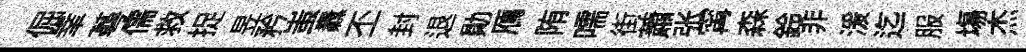
倔𦍒蕚儒救捉昱矜蚩纛丕封退勛鴈陏嚅街蕭张𡩋森鈴非湲迄服塲杰